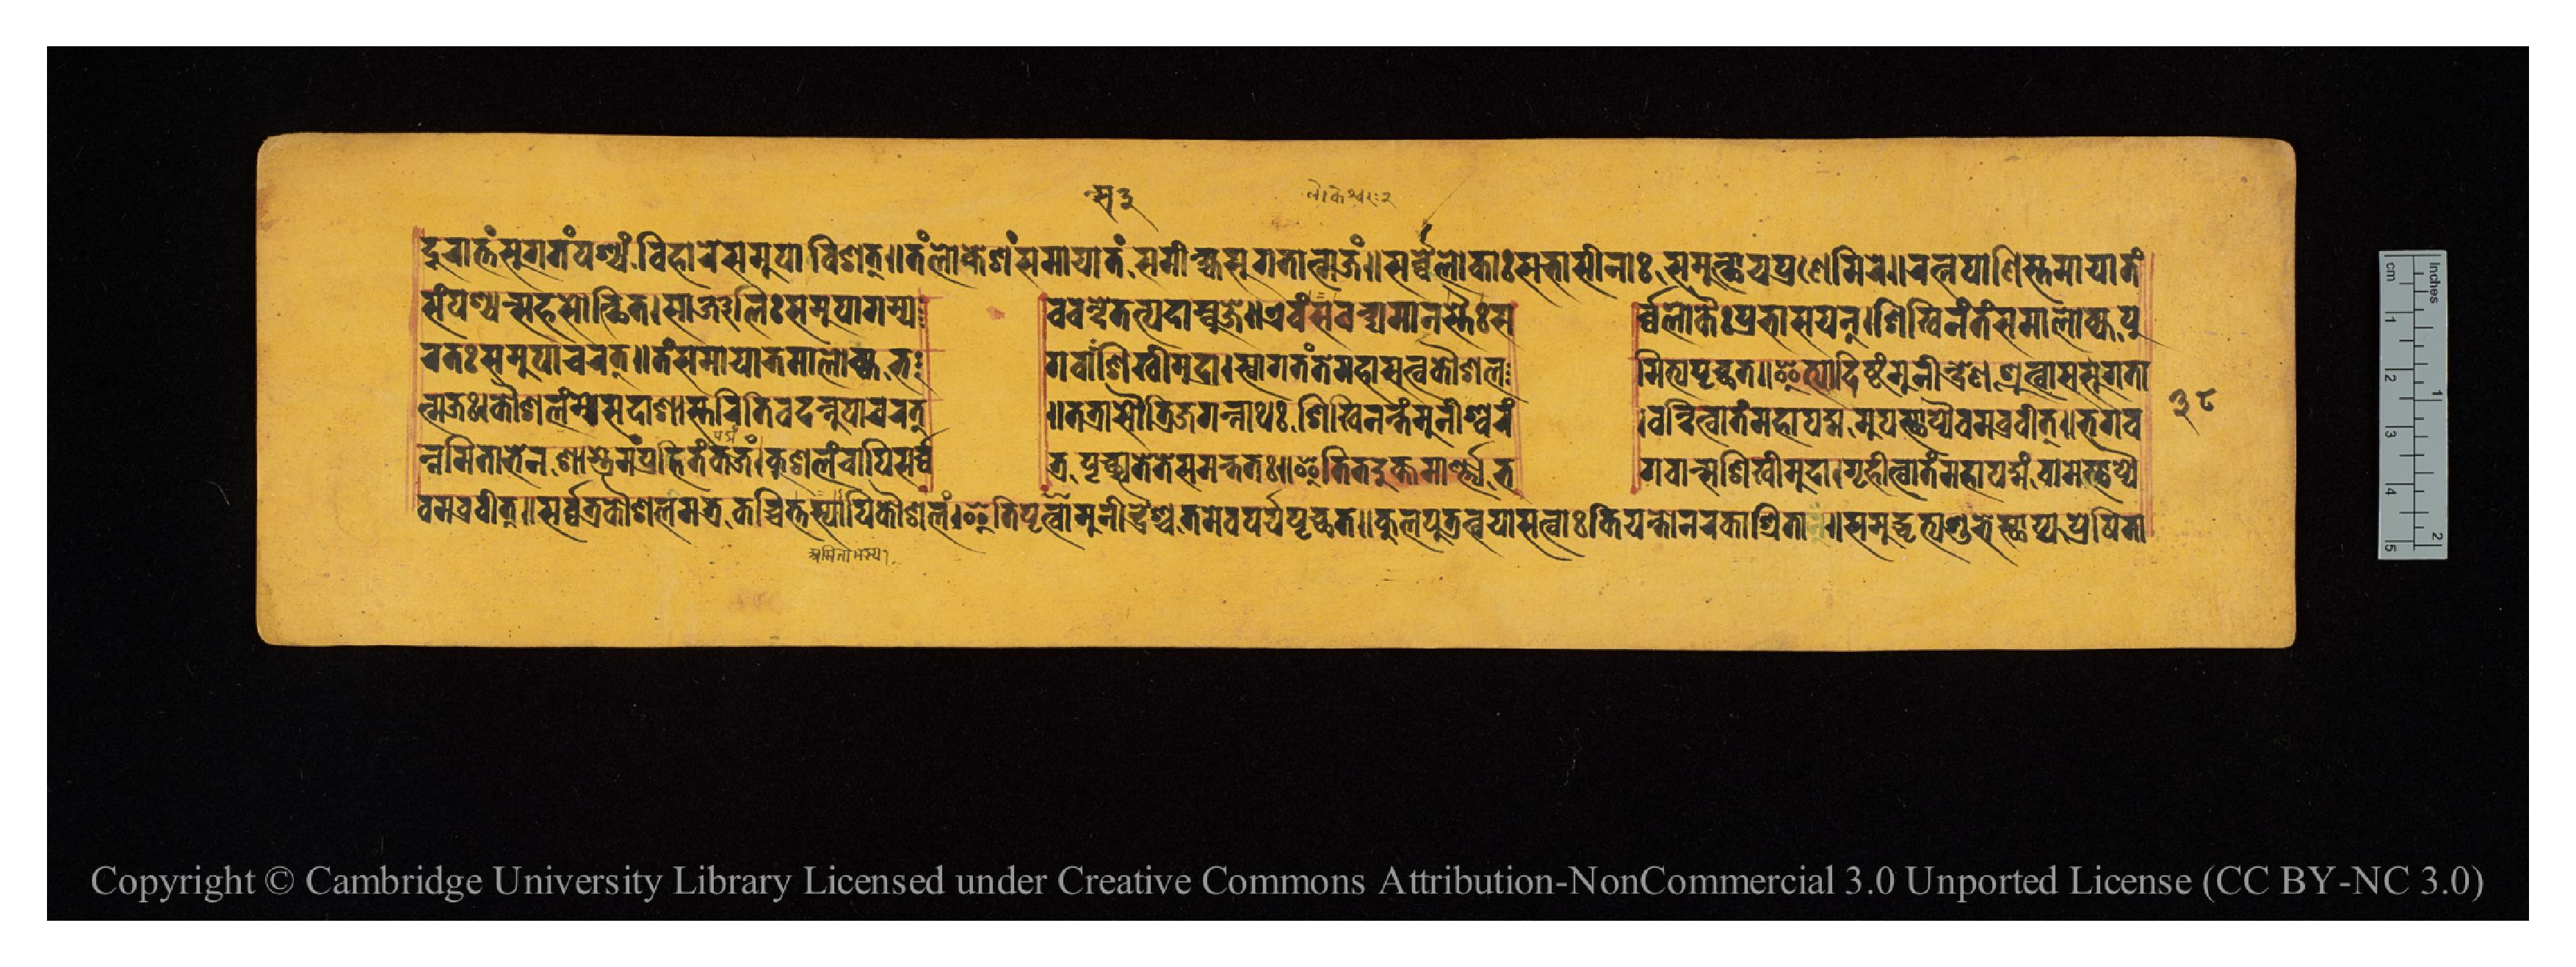
𑐡𑐹𑐬𑐵𑐟𑑂𑐟𑑄𑐳𑐸𑐐𑐟𑑄𑐥𑐱𑑂𑐫𑐣𑑂𑐰𑐶𑐴𑐵𑐬𑐾𑐳𑐩𑐸𑐥𑐵𑐰𑐶𑐱𑐟𑑂𑑌𑐟𑑄𑐮𑑀𑐎𑐾𑐱𑑄𑐳𑐩𑐵𑐫𑐵𑐟𑑄𑐳𑐩𑐷𑐎𑑂𑐲𑑂𑐫𑐳𑐸𑐐𑐟𑐵𑐟𑑂𑐩𑐖𑑄𑑌𑐳𑐬𑑂𑐰𑑂𑐰𑐾𑐮𑑀𑐎𑐵𑑅𑐳𑐨𑐵𑐳𑐷𑐣𑐵𑑅𑐳𑐩𑐸𑐟𑑂𑐠𑐵𑐫𑐥𑑂𑐬𑐞𑐾𑐩𑐶𑐬𑐾𑑌𑐬𑐟𑑂𑐣𑐥𑐵𑐞𑐶𑐳𑑂𑐟𑐩𑐵𑐫𑐵𑐟𑑄 𑐳𑑄𑐥𑐱𑑂𑐫𑐣𑑂𑐳𑐴𑐳𑑀𑐟𑑂𑐠𑐶𑐟𑑅𑑋𑐳𑐵𑐘𑑂𑐖𑐮𑐶𑑅𑐳𑐩𑐸𑐥𑐵𑐐𑐩𑑂𑐫  𑐰𑐰𑐣𑑂𑐡𑐾𑐟𑐟𑑂𑐥𑐡𑐵𑐩𑑂𑐧𑐸𑐖𑐾𑑌𑐊𑐰𑑄𑐳𑐰𑐣𑑂𑐡𑑂𑐫𑐩𑐵𑐣𑐳𑑂𑐟𑐿𑑅𑐳  𑐬𑑂𑐰𑑂𑐰𑐮𑑀𑐎𑐿𑑅𑐥𑑂𑐬𑐨𑐵𑐳𑐫𑐣𑑂𑑋𑐱𑐶𑐏𑐶𑐣𑑄𑐟𑑄𑐳𑐩𑐵𑐮𑑀𑐎𑑂𑐫𑐥𑐸 𑐬𑐟𑑅𑐳𑐩𑐸𑐥𑐵𑐔𑐬𑐟𑑂𑑌𑐟𑑄𑐳𑐩𑐵𑐫𑐵𑐟𑐩𑐵𑐮𑑀𑐎𑑂𑐫𑐨      𑐐𑐰𑐵𑐣𑑂𑐳𑐱𑐶𑐏𑐷𑐩𑐸𑐡𑐵𑑋𑐳𑑂𑐰𑐵𑐐𑐟𑑄𑐟𑐾𑐩𑐴𑐵𑐳𑐟𑑂𑐰𑐎𑑁𑐱𑐮  𑐩𑐶𑐟𑑂𑐫𑐥𑐺𑐔𑑂𑐕𑐟𑑌𑐂𑐟𑑂𑐫𑐵𑐡𑐶𑐲𑑂𑐚𑑄𑐩𑐸𑐣𑐷𑐣𑑂𑐡𑑂𑐬𑐾𑐞𑐱𑑂𑐬𑐸𑐟𑑂𑐰𑐵𑐳𑐳𑐸𑐐𑐟𑐵 𑐟𑑂𑐩𑐖𑑅𑑋𑐎𑑁𑐱𑐮𑑄𑐩𑐾𑐳𑐡𑐵𑐱𑐵𑐳𑑂𑐟𑐬𑐶𑐟𑐶𑐰𑐡𑐣𑑂𑐣𑐸𑐥𑐵𑐔𑐬𑐟𑑂  𑑌𑐟𑐟𑑂𑐬𑐵𑐳𑑁𑐟𑑂𑐬𑐶𑐖𑐐𑐣𑑂𑐣𑐵𑐠𑑅𑐱𑐶𑐏𑐶𑐣𑑄𑐟𑑄𑐩𑐸𑐣𑐷𑐱𑑂𑐰𑐬𑑄  𑑋𑐰𑐣𑑂𑐡𑐶𑐟𑑂𑐰𑐵𑐟𑑄𑐩𑐴𑐵𑐥𑐡𑑂𑐩𑐩𑐸𑐥𑐳𑑂𑐠𑐵𑐥𑑂𑐫𑐿𑐰𑐧𑑂𑐬𑐰𑐷𑐟𑑂𑑌𑐨𑐐𑐰 𑐣𑑂𑐣𑐩𑐶𑐟𑐵𑐨𑐾𑐣𑐱𑐵𑐳𑑂𑐟𑑂𑐬𑐾𑐩𑑄𑐥𑑂𑐬𑐴𑐶𑐟𑑄𑐎𑐖𑑄𑑋𑐎𑐸𑐱𑐮𑐘𑑂𑐔𑐵𑐥𑐶𑐳𑐬𑑂𑐰𑑂𑐰  𑐟𑑂𑐬𑐥𑐺𑐔𑑂𑐕𑐟𑐟𑐾𑐳𑐩𑐣𑑂𑐟𑐟𑑅𑑌𑐂𑐟𑐶𑐟𑐡𑐸𑐎𑑂𑐟𑐩𑐵𑐎𑐬𑑂𑐞𑑂𑐫𑐨  𑐐𑐰𑐵𑐣𑑂𑐳𑐱𑐶𑐏𑐷𑐩𑐸𑐡𑐵𑑋𑐐𑐺𑐴𑐷𑐟𑑂𑐰𑐵𑐟𑑄𑐩𑐴𑐵𑐥𑐡𑑂𑐩𑑄𑐰𑐵𑐩𑐾𑐳𑑂𑐠𑐵𑐥𑑂𑐫𑐿 𑐰𑐩𑐧𑑂𑐬𑐰𑐷𑐟𑑂𑑌𑐳𑐬𑑂𑐰𑑂𑐰𑐟𑑂𑐬𑐎𑑁𑐱𑐮𑐩𑐟𑑂𑐬𑐎𑑂𑐰𑐔𑐶𑐟𑑂𑐟𑐳𑑂𑐫𑐵𑐥𑐶𑐎𑑁𑐱𑐮𑑄𑑋𑐂𑐟𑐶𑐥𑐺𑐲𑑂𑐚𑑂𑐰𑐵𑐩𑐸𑐣𑐷𑐣𑑂𑐡𑑂𑐬𑐿𑐱𑑂𑐔𑐟𑐣𑐾𑐰𑑄𑐥𑐬𑑂𑐫𑐥𑐺𑐔𑑂𑐕𑐟𑑌𑐎𑐸𑐮𑐥𑐸𑐟𑑂𑐬𑐟𑑂𑐰𑐫𑐵𑐳𑐟𑑂𑐰𑐵𑑅𑐎𑐶𑐫𑐣𑑂𑐟𑑀𑐣𑐬𑐎𑐵𑐱𑑂𑐬𑐶𑐟𑐵𑑅𑑋𑐳𑐩𑐸𑐡𑑂𑐢𑐺𑐟𑑂𑐫𑐱𑐸𑐨𑐾𑐳𑑂𑐠𑐵𑐥𑑂𑐫𑐥𑑂𑐬𑐾𑐲𑐶𑐟𑐵 𑑓𑑘